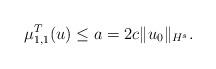
LaTeX: \begin{align*}\mu_{1,1}^T(u)\leq a=2c\|u_0\|_{H^s}.\end{align*}